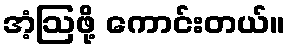
အံ့ဩဖို့ ကောင်းတယ်။